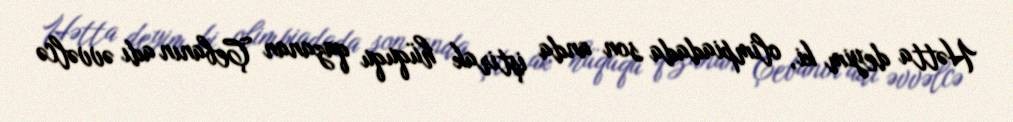
Hətta deyim ki, olimpiadada son anda iştirak hüququ qazanan Çebanın adı əvvəlcə